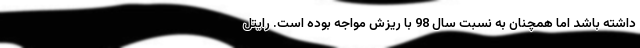
داشته باشد اما همچنان به نسبت سال 98 با ریزش مواجه بوده است. رایتل